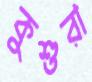
কুশুরা